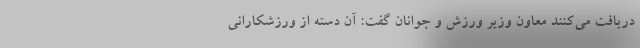
دریافت می‌کنند معاون وزیر ورزش و جوانان گفت: آن دسته از ورزشکارانی